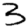
Digit: 3